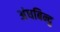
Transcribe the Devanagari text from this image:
अंधबिन्दु